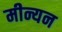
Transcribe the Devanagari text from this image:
मीन्यन